Lunatic asylums Punjab 1911-1921 - 1911-1921
Year: 1911
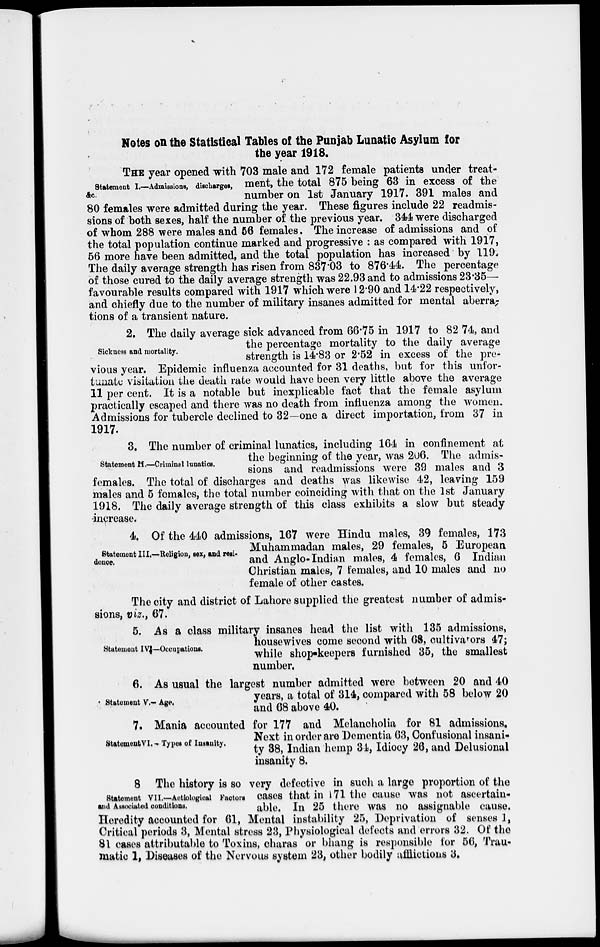
Notes on the Statistical Tables of the Punjab Lunatic Asylum for
the year 1918.
Statement I.—Admissions, discharges,
&c.
THE year opened with 703 male and 172 female patients under treat-
ment, the total 875 being 63 in excess of the
number on 1st January 1917. 391 males and
80 females were admitted during the year. These figures include 22 readmis-
sions of both sexes, half the number of the previous year. 344 were discharged
of whom 288 were males and 56 females. The increase of admissions and of
the total population continue marked and progressive : as compared with 1917,
56 more have been admitted, and the total population has increased by 119.
The daily average strength has risen from 837.03 to 876.44. The percentage
of those cured to the daily average strength was 22.93 and to admissions 23.35—
favourable results compared with 1917 which were 12.90 and 14.22 respectively,
and chiefly due to the number of military insanes admitted for mental aberra-
tions of a transient nature.
Sickness and mortality.
2. The daily average sick advanced from 66.75 in 1917 to 82.74, and
the percentage mortality to the daily average
strength is 14.83 or 2.52 in excess of the pre-
vious year. Epidemic influenza accounted for 31 deaths, but for this unfor-
tunate visitation the death rate would have been very little above the average
11 per cent. It is a notable but inexplicable fact that the female asylum
practically escaped and there was no death from influenza among the women.
Admissions for tubercle declined to 32—one a direct importation, from 37 in
1917.
Statement H.—Criminal lunatics.
3. The number of criminal lunatics, including 164 in confinement at
the beginning of the year, was 206. The admis-
sions and readmissions were 39 males and 3
females. The total of discharges and deaths was likewise 42, leaving 159
males and 5 females, the total number coinciding with that on the 1st January
1918. The daily average strength of this class exhibits a slow but steady
increase.
Statement III.—Religion, sex, and resi-
dence.
4. Of the 440 admissions, 167 were Hindu males, 39 females, 173
Muhammadan males, 29 females, 5 European
and Anglo-Indian males, 4 females, 6 Indian
Christian males, 7 females, and 10 males and no
female of other castes.
The city and district of Lahore supplied the greatest number of admis-
sions, viz., 67.
Statement IV—Occupations.
5. As a class military insanes head the list with 135 admissions,
housewives come second with 68, cultivators 47;
while shop-keepers furnished 35, the smallest
number.
Statement V.—Age.
6. As usual the largest number admitted were between 20 and 40
years, a total of 314, compared with 58 below 20
and 68 above 40.
Statement VI.—Types of Insanity.
7. Mania accounted for 177 and Melancholia for 81 admissions.
Next in order are Dementia 63, Confusional insani-
ty 38, Indian hemp 34, Idiocy 26, and Delusional
insanity 8.
Statement VII.—Aetiological Factors
and Associated conditions,
8 The history is so very defective in such a large proportion of the
cases that in 171 the cause was not ascertain-
able. In 25 there was no assignable cause.
Heredity accounted for 61, Mental instability 25, Deprivation of senses 1,
Critical periods 3, Mental stress 23, Physiological defects and errors 32. Of the
81 cases attributable to Toxins, charas or bhang is responsible for 56, Trau-
matic 1, Diseases of the Nervous system 23, other bodily afflictions 3.